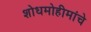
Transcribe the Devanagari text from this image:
शोधमोहीमांचे